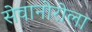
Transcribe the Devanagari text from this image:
सेवानोरोला